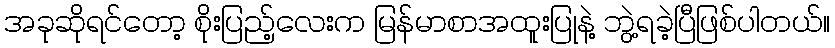
အခုဆိုရင်တော့ စိုးပြည့်လေးက မြန်မာစာအထူးပြုနဲ့ ဘွဲ့ရခဲ့ပြီဖြစ်ပါတယ်။